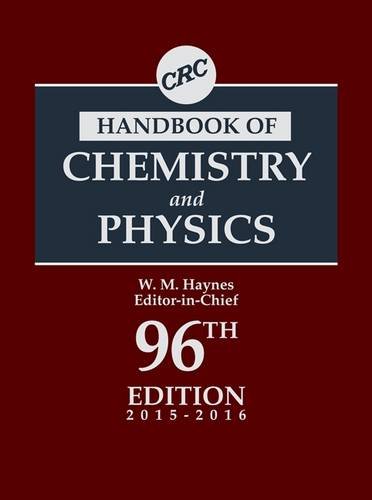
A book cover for CRC Handbook of Chemistry and Physics, 96th Edition (CRC Handbook of Chemistry & Physics); Science & Math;